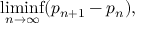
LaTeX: \operatorname* { l i m i n f } _ { n \to \infty } ( p _ { n + 1 } - p _ { n } ) ,